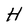
Character: H